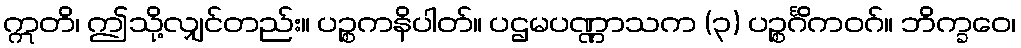
ဣတိ၊ ဤသို့လျှင်တည်း။ ပဉ္စကနိပါတ်။ ပဌမပဏ္ဏာသက (၃) ပဉ္စင်္ဂိကဝဂ်။ ဘိက္ခဝေ၊